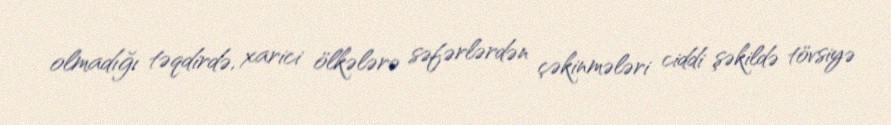
olmadığı təqdirdə, xarici ölkələrə səfərlərdən çəkinmələri ciddi şəkildə tövsiyə